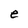
Character: e